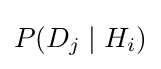
P(D_{j}\mid H_{i})